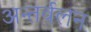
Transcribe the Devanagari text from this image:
अन्तर्वलन